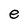
Character: e